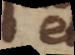
d e